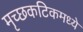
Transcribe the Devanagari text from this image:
मृच्छकटिकमध्ये